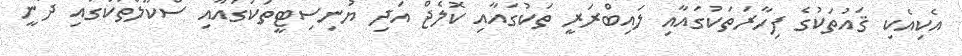
އެކިއެކި ޤައުތަކުގެ ފިހާރަތަކުގައާއި ލައިބްރަރީ ތަކުގައާއި ކޮލެޖް އަދި ޔުނިސިޓީތަކުގައާއި ސްކޫލްތަކުގައި ދަނީ